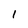
Character: l